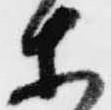
等